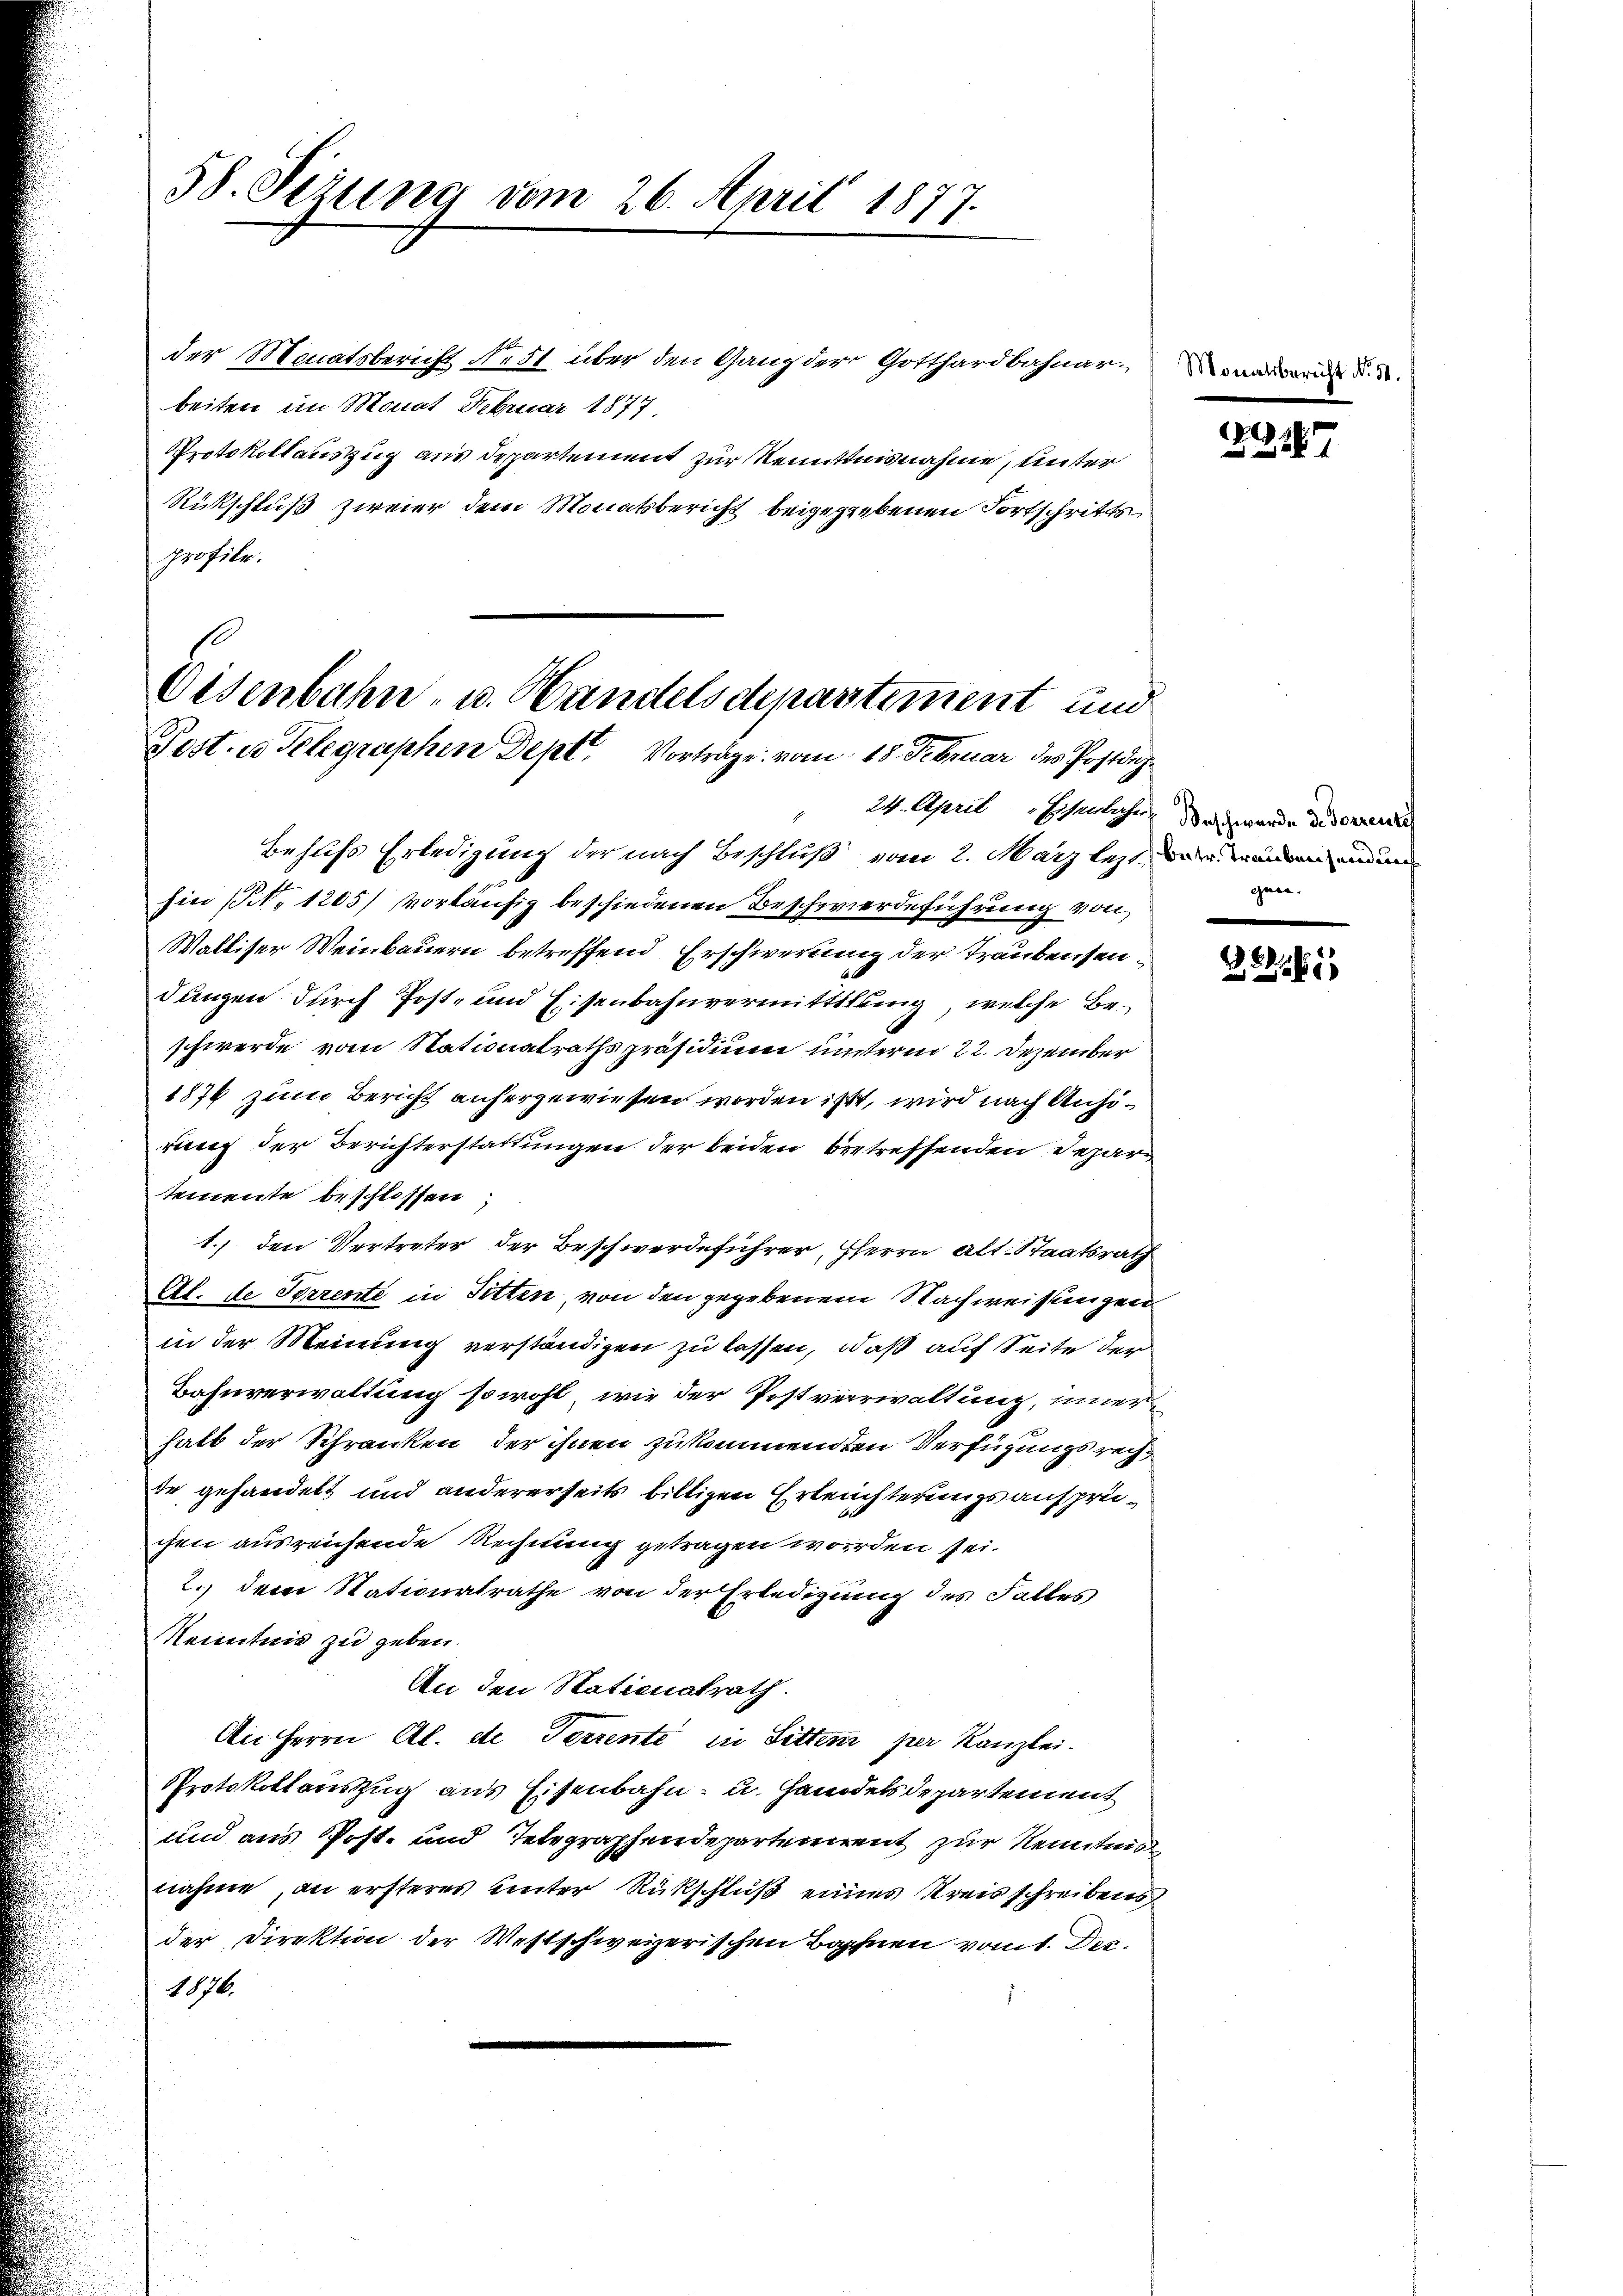
58. Seiung vom 26. April 1877.

der Monatsbericht Nest über den Gang der Gotthardbahnarbeiten im Monat Februar 1877
Protokollauszug aus Departement zur Kenntnisnahme, unter
Rückschluß zweier dem Monatsbericht beigegebenen Fortschritts
profile.
24. April „Eisenbahr
Behufs Erledigung der nach Beschluß vom 2. März lezthin (Nr. 1205) vorläufig beschiedenen Beschwerdeführung von
Walliser Weinbauern betreffend Erschwerung der Traubensendungen durch Post- und Eisenbahnvermittlung, welche Beschwerde vom Stationalrathspräsidium unterm 22. Dezember
1874 zum Bericht anhergewiesen worden ist, wird nach Anhörung der Berichterstattungen der beiden betreffenden Depar
temente beschlossen
1.) den Vertreter der Beschwerdeführer, Herrn alt. Staatsrath
Al. de Serrente in Sitten, von den gegebenem Nachweisungen
in der Meinung verständigen zu lassen, daß auf Seite der
Bahnverwaltung sowohl, wie der Postverwaltung, innerhalb der Schranken, der ihnen zukommenden Verfügungsrecht
te gehandelt und andererseits billigen Erleichterungsansprüchen ausreichende Rechnung getragen worden sei.
2.) dem Stationalrathe von der Erledigung des Falles
Kenntnis zu geben.
An den Stationalrath.
An Herrn Al. de Ferrente in Sitten per Kanzlei.
Protokollonszug aus Eisenbahn- u. Handelsdepartement
und aus Post- und Integraphendepartement zur Kenntni
nahme, an ersteres unter Rückschluß eines Kreisschreibens
der Direktion der Westschweizerischen Bohnen vomt. Der
1876.

Eisenbahn- u. Handels departiment und
Post. u. Telegraphen Dept. Vorträge vom 18. Februar des Postdiz

Mor

1247

Beschwerde de Forrenze
betr. Traubensendung
gen.

35185

richt No 31.